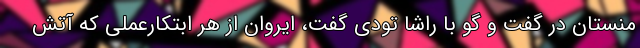
منستان در گفت و گو با راشا تودی گفت، ایروان از هر ابتکارعملی که آتش